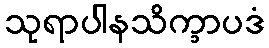
သုရာပါနသိက္ခာပဒံ